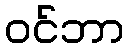
ဝင်ဘာ